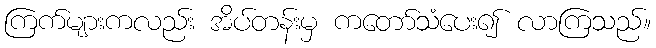
ကြက်များကလည်း အိပ်တန်းမှ ကတော်သံပေး၍ လာကြသည်။